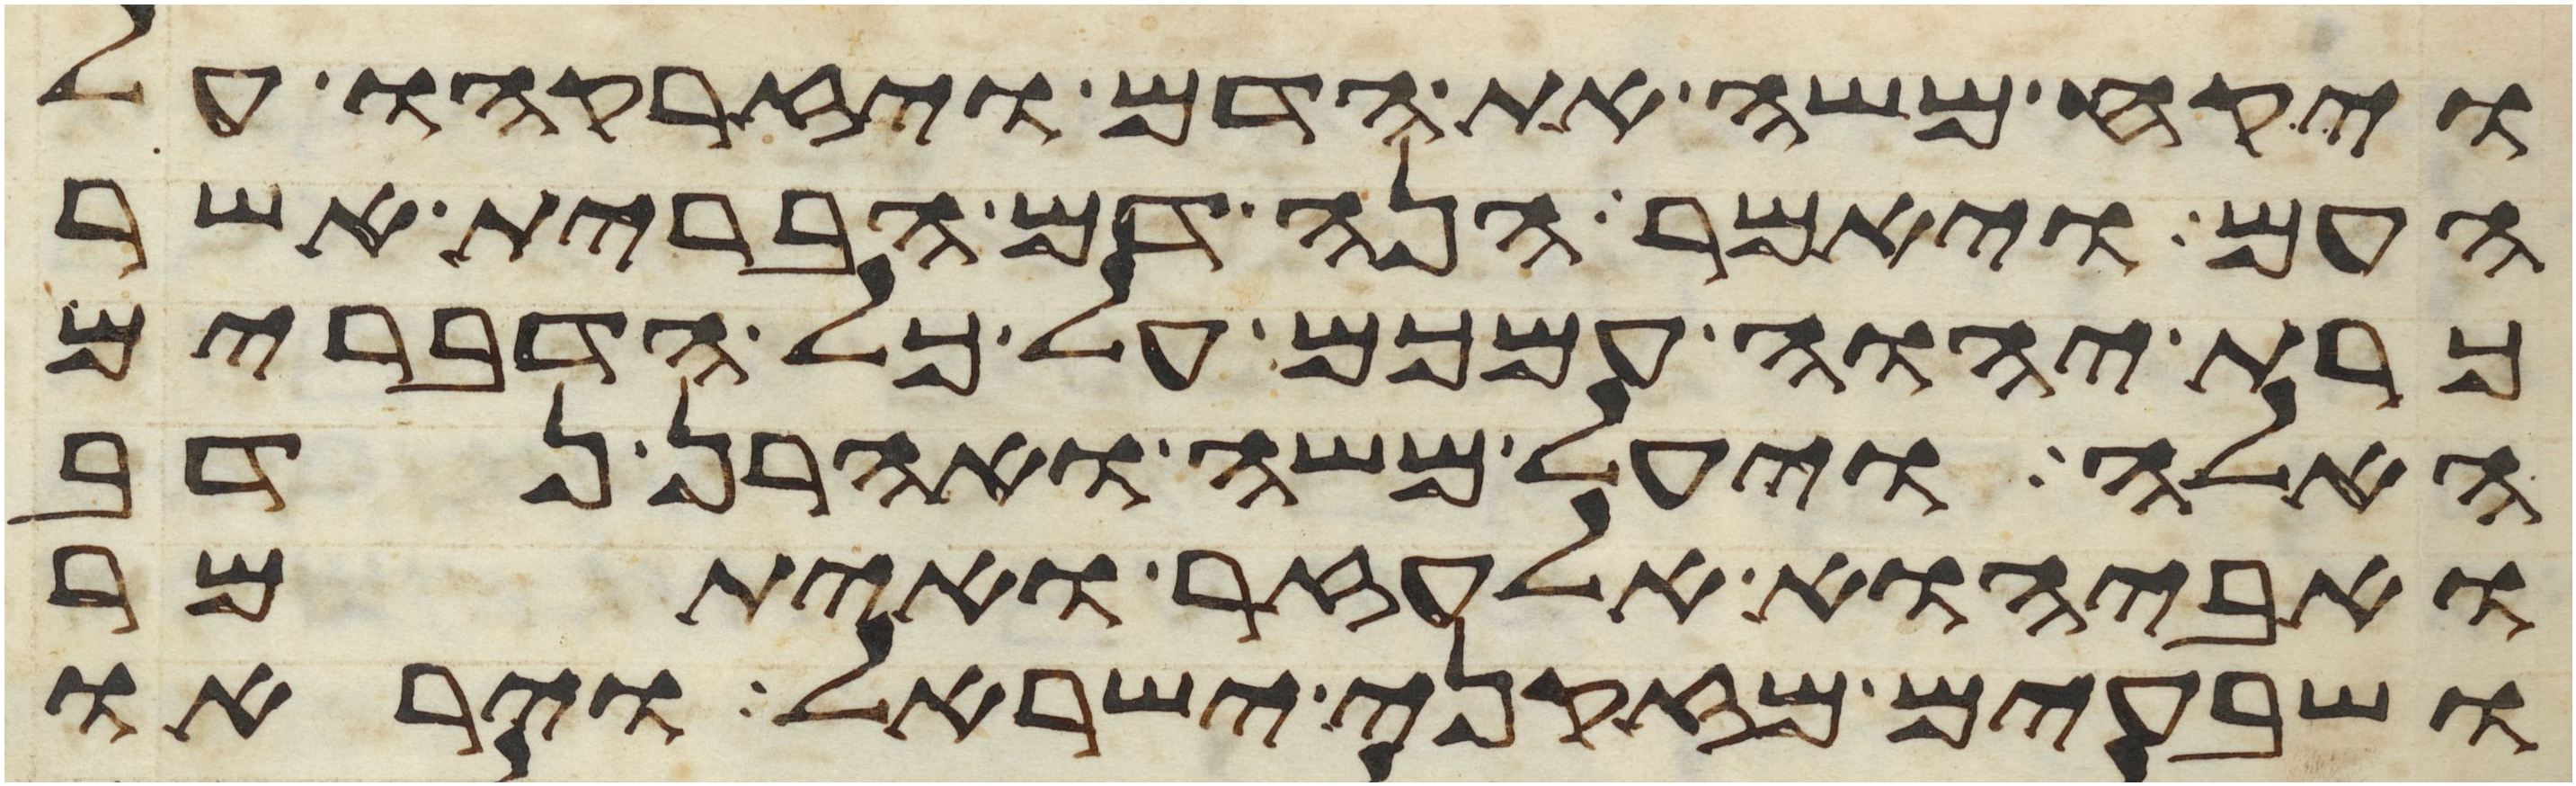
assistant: ויקח משה את הדם ויזרקהו על
העם ויאמר הנה דם הברית אשר
כרת יהוה עמכם על כל הדברים
האלה ויעל משה ואהרן נדב
ואביהוא אלעזר ואיתמר
ושבעים מזקני ישראל ויראו